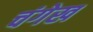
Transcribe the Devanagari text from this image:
चंगेख